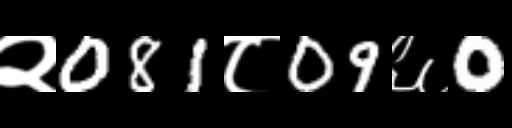
Text: २081८09६0